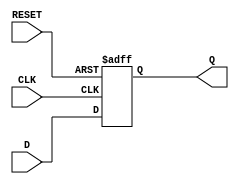
module FlipFlopRegister #(parameter N = 8) (
    input  wire [N-1:0] D,       // Data input
    input  wire CLK,              // Clock input
    input  wire RESET,            // Asynchronous reset
    output reg  [N-1:0] Q         // Data output
);

    // Sequential logic to capture data on clock edge or reset
    always @(posedge CLK or posedge RESET) begin
        if (RESET) begin
            Q <= {N{1'b0}};        // Asynchronous reset to 0
        end else begin
            Q <= D;                // Load data on clock edge
        end
    end

endmodule